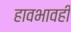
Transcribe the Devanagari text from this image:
हावभावही